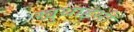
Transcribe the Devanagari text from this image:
खुथाइसी